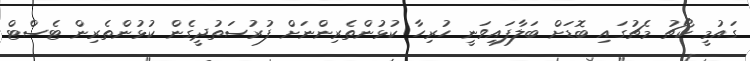
ގައުމީ ކޯޗު މެޗުގައި ބޮޑަށް ބަލާފައިވަނީ ހުރިހާ ކުޅުންތެރިންނަށް ފުރުސަތުދީގެން ކުޅުންތެރިން ޓެސްޓް